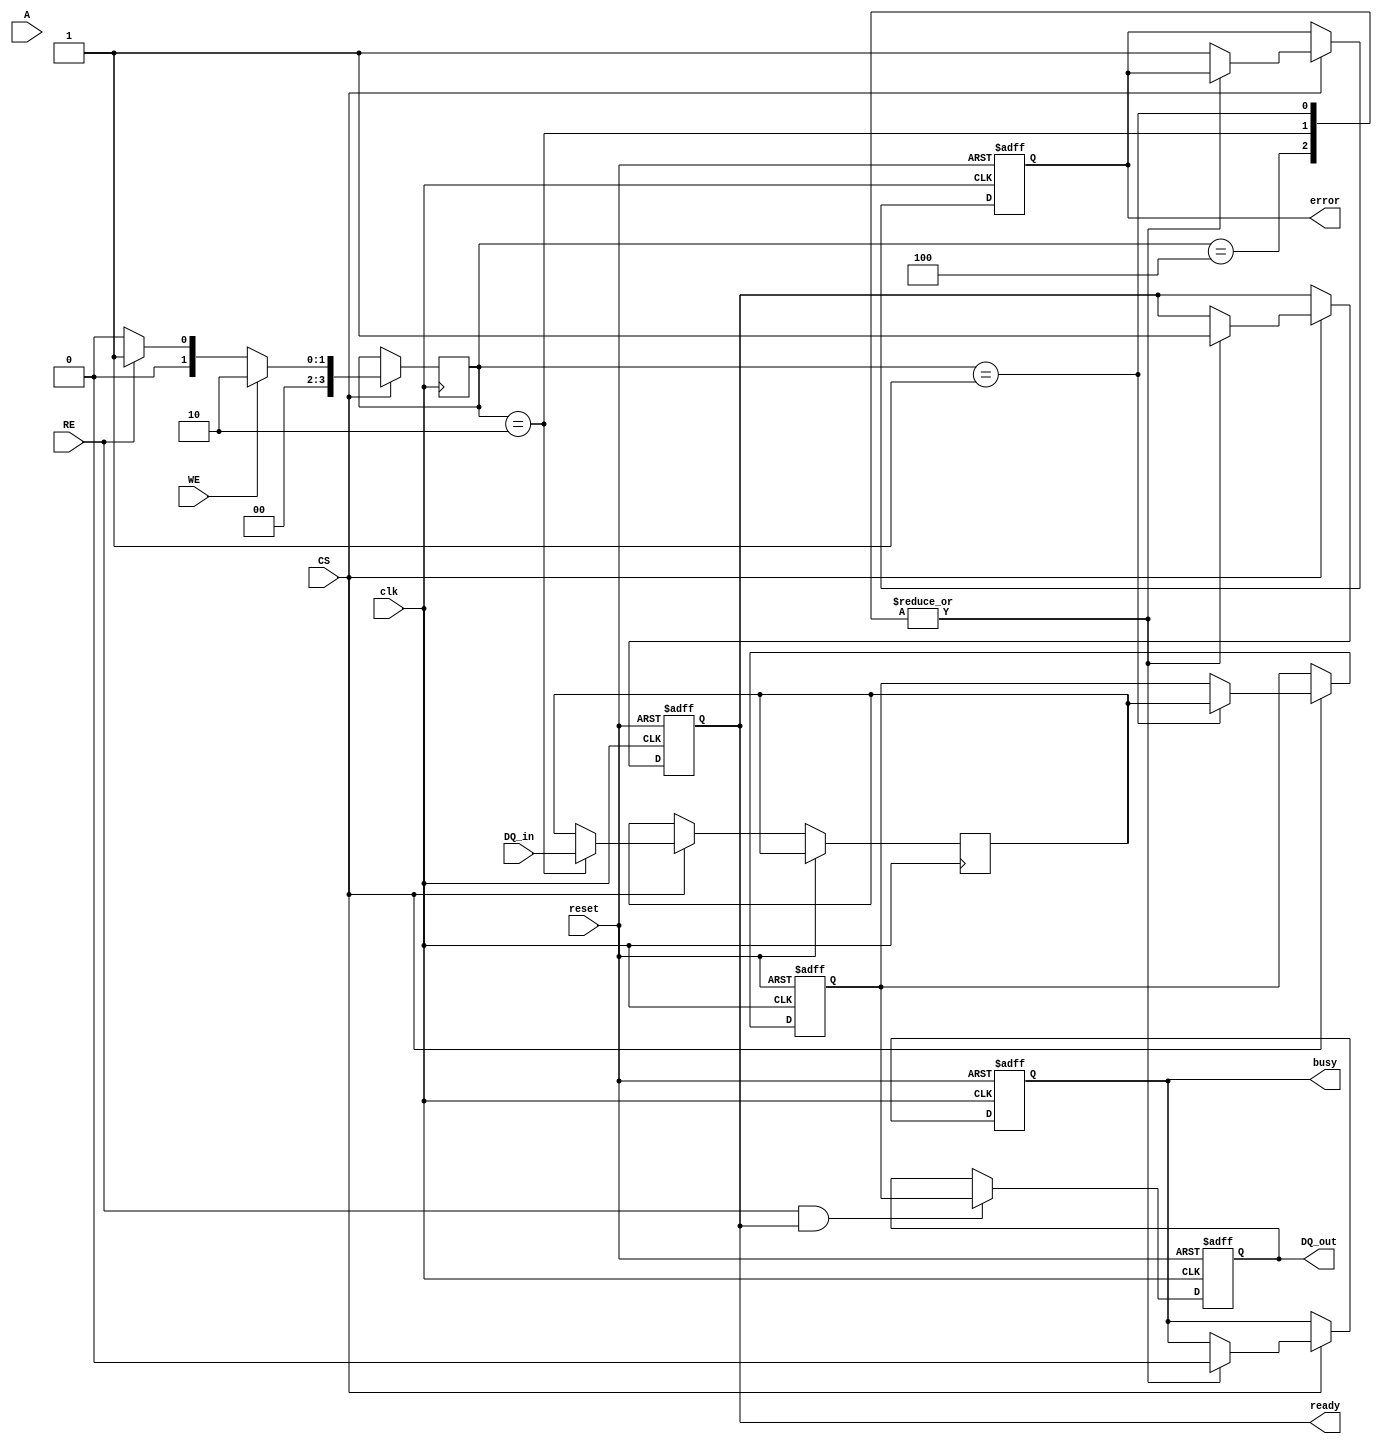
module io_block (
    input wire clk,                // System clock
    input wire reset,              // Asynchronous reset
    input wire [N-1:0] DQ_in,      // Data input lines
    output reg [N-1:0] DQ_out,     // Data output lines
    input wire CS,                 // Chip Select
    input wire WE,                 // Write Enable
    input wire RE,                 // Read Enable
    input wire [A_WIDTH-1:0] A,    // Address lines
    output reg busy,               // Busy status
    output reg ready,              // Ready status
    output reg error               // Error flag
);

parameter N = 8;                  // Number of data lines
parameter A_WIDTH = 16;          // Address width

// Internal data latches
reg [N-1:0] data_latch_in;       // Input data latch
reg [N-1:0] data_latch_out;      // Output data latch

// Command Decoder
reg [3:0] command;               // Command register
parameter CMD_READ = 4'b0001;    // Read command
parameter CMD_WRITE = 4'b0010;   // Write command
parameter CMD_ERASE = 4'b0100;    // Erase command

// Status Register
always @(posedge clk or posedge reset) begin
    if (reset) begin
        busy <= 0;
        ready <= 1;
        error <= 0;
        data_latch_out <= 0;
    end
    else begin
        if (CS) begin
            case (command)
                CMD_READ: begin
                    busy <= 1;
                    ready <= 0;
                    data_latch_out <= data_latch_in; // Simulate read operation
                    busy <= 0;
                    ready <= 1;
                end
                CMD_WRITE: begin
                    busy <= 1;
                    ready <= 0;
                    data_latch_in <= DQ_in; // Capture data for writing
                    busy <= 0;
                    ready <= 1;
                end
                CMD_ERASE: begin
                    busy <= 1;
                    ready <= 0;
                    // Handle erase operation (not fully implemented)
                    busy <= 0;
                    ready <= 1;
                end
                default: begin
                    error <= 1; // Unknown command
                end
            endcase
        end
    end
end

// Data output logic
always @(posedge clk or posedge reset) begin
    if (reset) begin
        DQ_out <= 0;
    end
    else if (RE && ready) begin
        DQ_out <= data_latch_out; // Send out data on read enable
    end
end

// Command decoder (simplified example)
always @(posedge clk) begin
    if (CS) begin
        if (WE) begin
            command <= CMD_WRITE; // Assume write command on WE
        end
        else if (RE) begin
            command <= CMD_READ; // Assume read command on RE
        end
        else begin
            command <= 4'b0000; // No command
        end
    end
end

endmodule